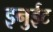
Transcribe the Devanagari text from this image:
इनुईट